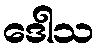
ဒေါသ